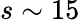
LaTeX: s\sim 15